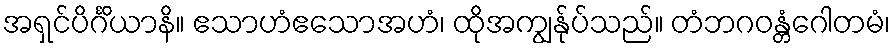
အရှင်ပိင်္ဂိယာနိ။ ဧသာဟံဧသောအဟံ၊ ထိုအကျွန်ုပ်သည်။ တံဘဂဝန္တံဂေါတမံ၊